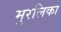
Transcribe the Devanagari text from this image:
मुरलिका